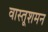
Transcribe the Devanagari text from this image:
वास्तूशमन